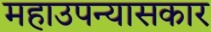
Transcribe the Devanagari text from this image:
महाउपन्यासकार